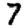
Digit: 7